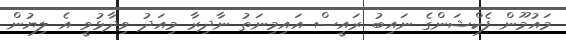
މައުމޫން ފެކްޝަންގެ ނައިބު ރައީސް އައިމިނަތު ނާދިރާ މިއަދު ވިދާޅުވީ އެ ލިޔުން